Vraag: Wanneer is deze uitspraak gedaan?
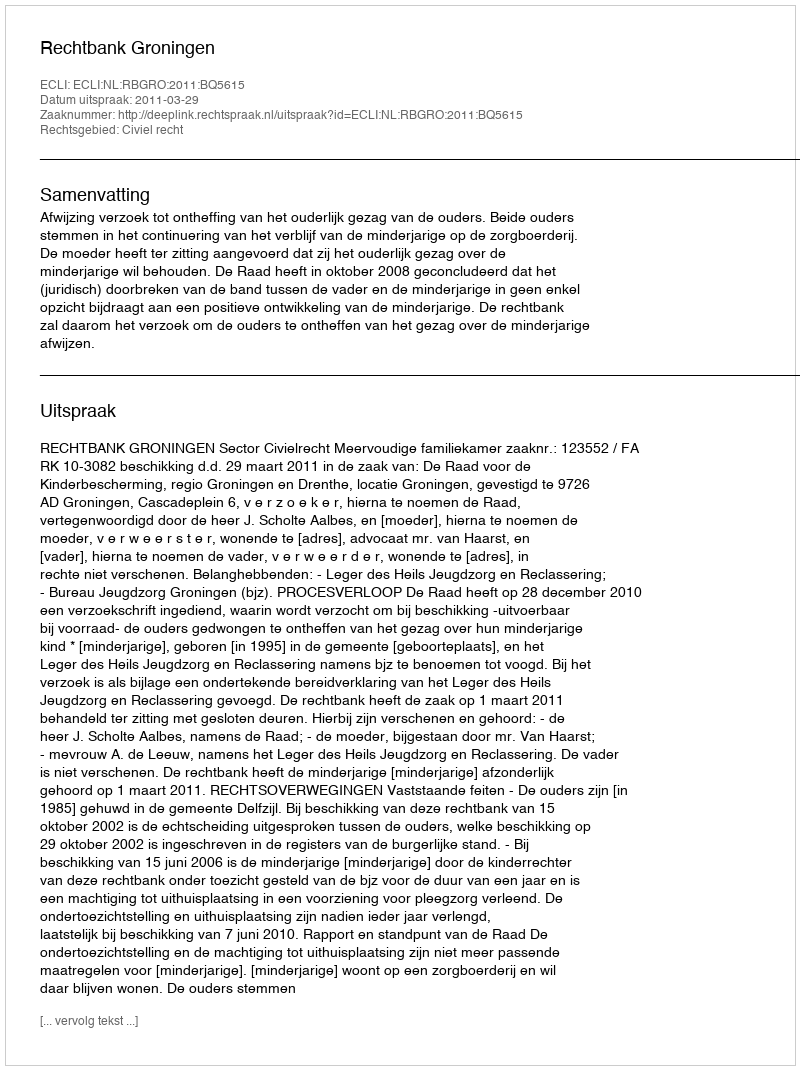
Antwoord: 2011-03-29